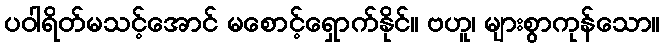
ပဝါရိတ်မသင့်အောင် မစောင့်ရှောက်နိုင်။ ဗဟူ၊ များစွာကုန်သော။